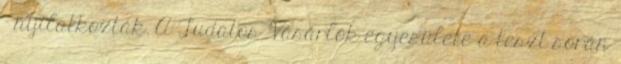
– nyilatkozták. A Tudatos Vásárlók egyesülete a teszt során